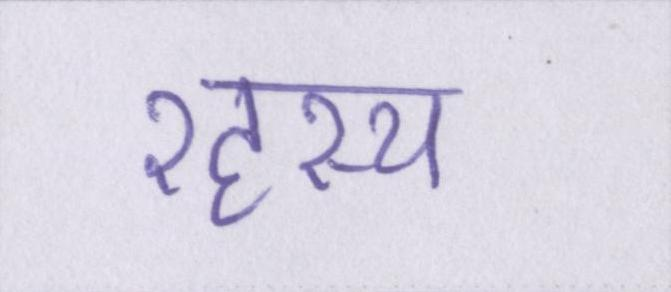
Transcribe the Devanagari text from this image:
रहस्य